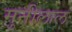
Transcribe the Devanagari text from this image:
मुनीलाल